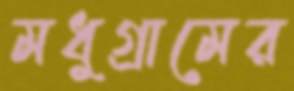
মধুগ্রামের